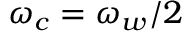
\omega _ { c } = \omega _ { w } / 2